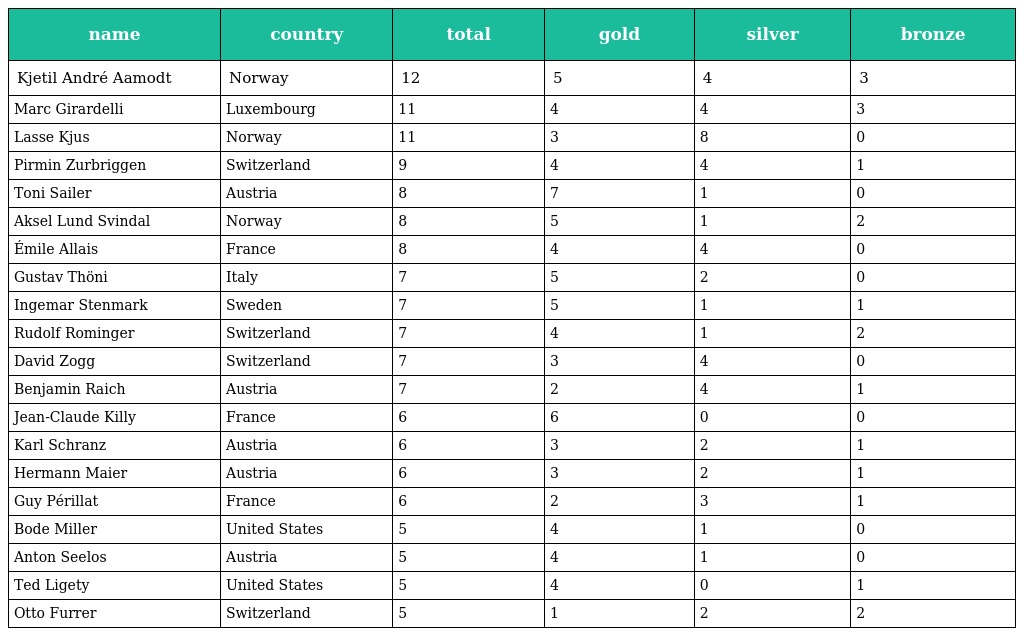
| name | country | total | gold | silver | bronze |
 | --- | --- | --- | --- | --- | --- |
 | Kjetil André Aamodt | Norway | 12 | 5 | 4 | 3 |
 | Marc Girardelli | Luxembourg | 11 | 4 | 4 | 3 |
 | Lasse Kjus | Norway | 11 | 3 | 8 | 0 |
 | Pirmin Zurbriggen | Switzerland | 9 | 4 | 4 | 1 |
 | Toni Sailer | Austria | 8 | 7 | 1 | 0 |
 | Aksel Lund Svindal | Norway | 8 | 5 | 1 | 2 |
 | Émile Allais | France | 8 | 4 | 4 | 0 |
 | Gustav Thöni | Italy | 7 | 5 | 2 | 0 |
 | Ingemar Stenmark | Sweden | 7 | 5 | 1 | 1 |
 | Rudolf Rominger | Switzerland | 7 | 4 | 1 | 2 |
 | David Zogg | Switzerland | 7 | 3 | 4 | 0 |
 | Benjamin Raich | Austria | 7 | 2 | 4 | 1 |
 | Jean-Claude Killy | France | 6 | 6 | 0 | 0 |
 | Karl Schranz | Austria | 6 | 3 | 2 | 1 |
 | Hermann Maier | Austria | 6 | 3 | 2 | 1 |
 | Guy Périllat | France | 6 | 2 | 3 | 1 |
 | Bode Miller | United States | 5 | 4 | 1 | 0 |
 | Anton Seelos | Austria | 5 | 4 | 1 | 0 |
 | Ted Ligety | United States | 5 | 4 | 0 | 1 |
 | Otto Furrer | Switzerland | 5 | 1 | 2 | 2 |